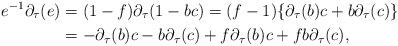
LaTeX: \begin{align*}e^{-1}\partial_\tau(e)&=(1-f)\partial_\tau(1-bc)=(f-1)\{\partial_\tau(b) c + b\partial_\tau(c)\}\\&=- \partial_\tau(b) c - b\partial_\tau(c)+f\partial_\tau(b) c +f b\partial_\tau(c),\end{align*}